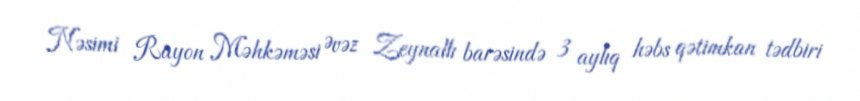
Nəsimi Rayon Məhkəməsi Əvəz Zeynallı barəsində 3 aylıq həbs qətimkan tədbiri